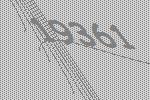
19361